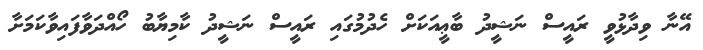
އޭނާ ވިދާޅުވީ ރައީސް ނަޝީދު ބާޢީއަކަށް ހެދުމުގައި ރައީސް ނަޝީދު ކާމިޔާބު ހޯއްދަވާފައިވާކަމަށާ